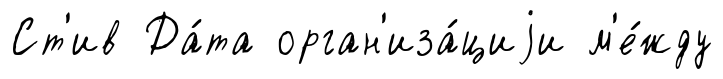
Ст'ив Да́та орган'иза́циjи м'е́жду